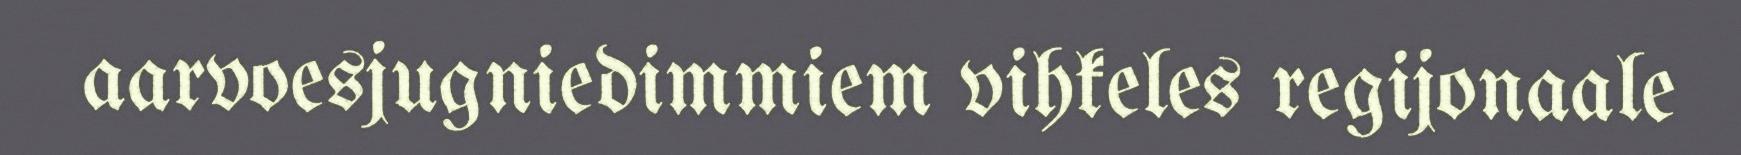
aarvoesjugniedimmiem vihkeles regijonaale